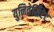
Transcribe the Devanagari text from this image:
युनिवेर्सिटेट